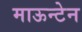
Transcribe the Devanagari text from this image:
माऊन्टेन